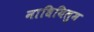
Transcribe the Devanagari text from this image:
नाधियिलुम